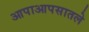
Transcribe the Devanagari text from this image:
आपाआपसातले